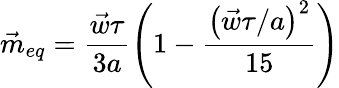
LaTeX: \vec{m}_{eq}=\frac{\vec{w}\tau}{3a}\left(1-\frac{\left(\vec{w}\tau/a\right)^{2}}{15}\right)